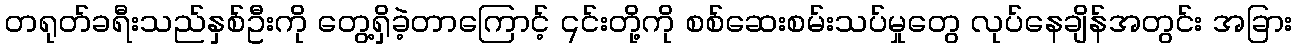
တရုတ်ခရီးသည်နှစ်ဦးကို တွေ့ရှိခဲ့တာကြောင့် ၎င်းတို့ကို စစ်ဆေးစမ်းသပ်မှုတွေ လုပ်နေချိန်အတွင်း အခြား